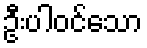
ဦးပါဝင်သော